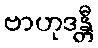
ဗာဟုဒန္တီ